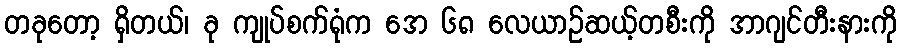
တခုတော့ ရှိတယ်၊ ခု ကျုပ်စက်ရုံက အေ ၆၈ လေယာဉ်ဆယ့်တစီးကို အာဂျင်တီးနားကို